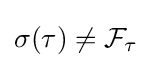
\sigma (\tau )\neq {\mathcal {F}}_{\tau }